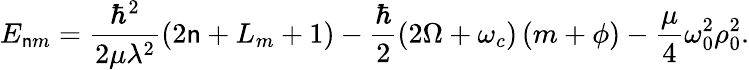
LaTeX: {E}_{\mathsf{n}m}=\frac{{\hbar^{2}}}{{2\mu\lambda^{2}}}\left(2\mathsf{n}+L_{m}+1\right)-\frac{{\hbar}}{{2}}\left(2\Omega+\omega_{c}\right)\left(m+\phi\right)-\frac{{\mu}}{{4}}\omega_{0}^{2}\rho_{0}^{2}.